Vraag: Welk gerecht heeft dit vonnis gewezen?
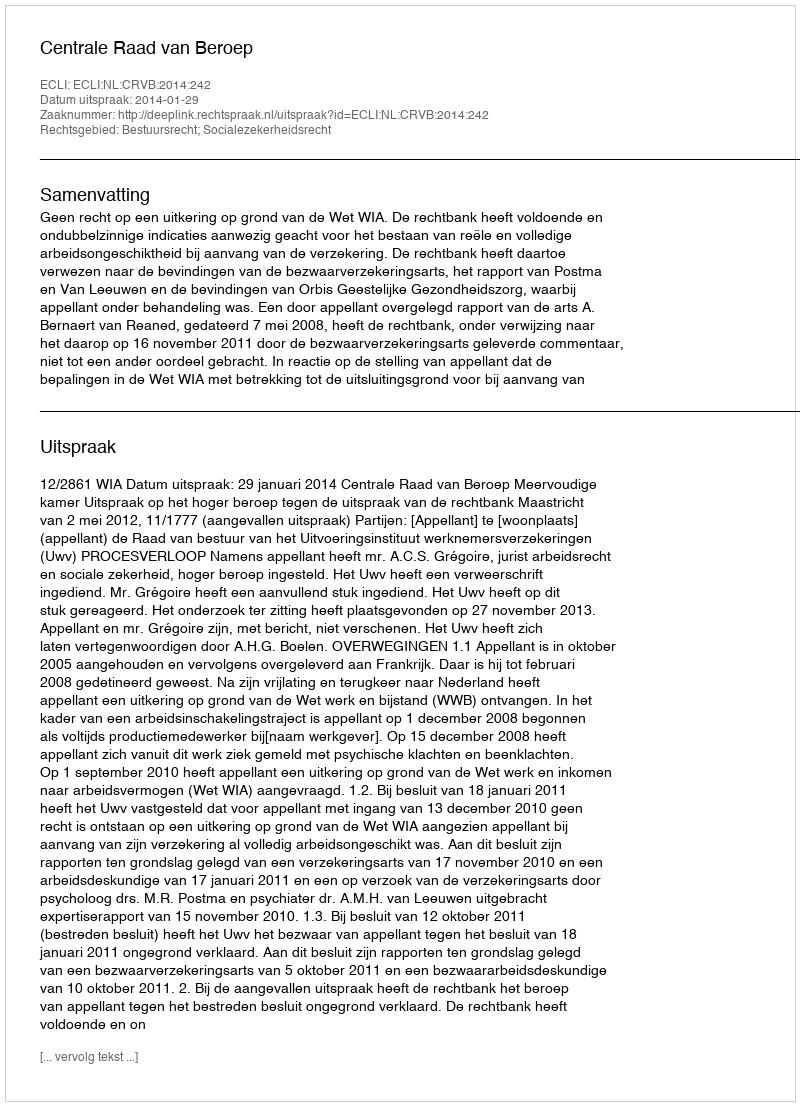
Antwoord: Centrale Raad van Beroep